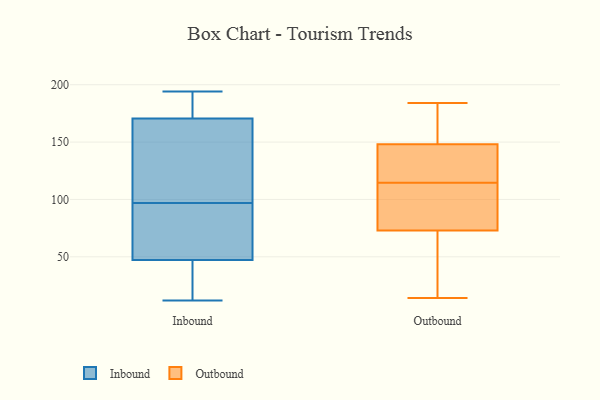
{"axis": {"x": "Net Income (USD K)", "y": "Value"}, "legend": ["Inbound", "Outbound"], "data": [{"x": "", "y": 175, "type": "Inbound"}, {"x": "", "y": 19, "type": "Inbound"}, {"x": "", "y": 116, "type": "Inbound"}, {"x": "", "y": 34, "type": "Inbound"}, {"x": "", "y": 51, "type": "Inbound"}, {"x": "", "y": 185, "type": "Inbound"}, {"x": "", "y": 194, "type": "Inbound"}, {"x": "", "y": 84, "type": "Inbound"}, {"x": "", "y": 53, "type": "Inbound"}, {"x": "", "y": 192, "type": "Inbound"}, {"x": "", "y": 97, "type": "Inbound"}, {"x": "", "y": 106, "type": "Inbound"}, {"x": "", "y": 36, "type": "Inbound"}, {"x": "", "y": 58, "type": "Inbound"}, {"x": "", "y": 169, "type": "Inbound"}, {"x": "", "y": 12, "type": "Inbound"}, {"x": "", "y": 162, "type": "Inbound"}, {"x": "", "y": 184, "type": "Outbound"}, {"x": "", "y": 141, "type": "Outbound"}, {"x": "", "y": 24, "type": "Outbound"}, {"x": "", "y": 60, "type": "Outbound"}, {"x": "", "y": 51, "type": "Outbound"}, {"x": "", "y": 127, "type": "Outbound"}, {"x": "", "y": 114, "type": "Outbound"}, {"x": "", "y": 150, "type": "Outbound"}, {"x": "", "y": 115, "type": "Outbound"}, {"x": "", "y": 171, "type": "Outbound"}, {"x": "", "y": 14, "type": "Outbound"}, {"x": "", "y": 134, "type": "Outbound"}, {"x": "", "y": 105, "type": "Outbound"}, {"x": "", "y": 107, "type": "Outbound"}, {"x": "", "y": 75, "type": "Outbound"}, {"x": "", "y": 148, "type": "Outbound"}, {"x": "", "y": 73, "type": "Outbound"}, {"x": "", "y": 180, "type": "Outbound"}]}